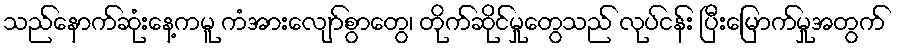
သည်နောက်ဆုံးနေ့ကမူ ကံအားလျော်စွာတွေ၊ တိုက်ဆိုင်မှုတွေသည် လုပ်ငန်း ပြီးမြောက်မှုအတွက်